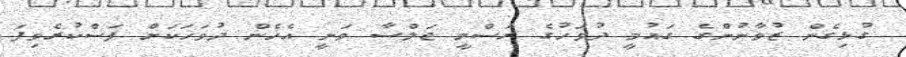
ގުޅިގެން ޒުވާނުންގެ ގައުމީ ދުވަހުގެ ރަސްމީ ޖަލްސާ ވަނީ އެހެން ދުވަހަކަށް ފަސްކުރެވިފަ